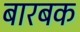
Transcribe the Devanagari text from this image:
बारबक